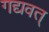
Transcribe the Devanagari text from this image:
गद्यवत्